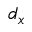
d _ { x }